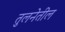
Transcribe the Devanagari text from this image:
तुलनेतील